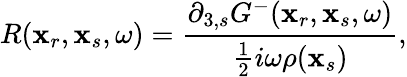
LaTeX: R(\textbf{x}_{r},\textbf{x}_{s},\omega)=\frac{\partial_{3,s}G^{-}(\textbf{x}_{r},\textbf{x}_{s},\omega)}{\frac{1}{2}i\omega\rho(\textbf{x}_{s})},